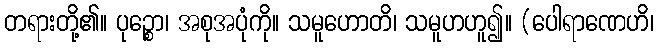
တရားတို့၏။ ပုဉ္စော၊ အစုအပုံကို။ သမူဟောတိ၊ သမူဟဟူ၍။ (ပေါရာဏေဟိ၊